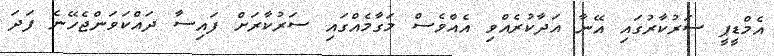
އެމްޑީޕީ ސަރުކާރުގައި އޭނާ އަދާކުރެއްވި އެއްވެސް މަގާމެއްގައި ސަރުކާރަށް ފައިސާ ދައްކަވަންޖެހޭނެ ފަދަ